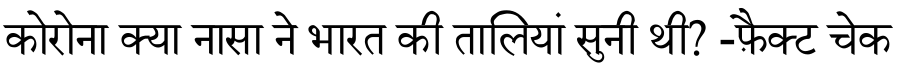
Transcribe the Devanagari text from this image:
कोरोना क्या नासा ने भारत की तालियां सुनी थी? -फ़ैक्ट चेक